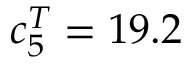
c _ { 5 } ^ { T } = 1 9 . 2